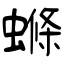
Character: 螩